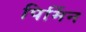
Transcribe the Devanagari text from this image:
पिर्मिन